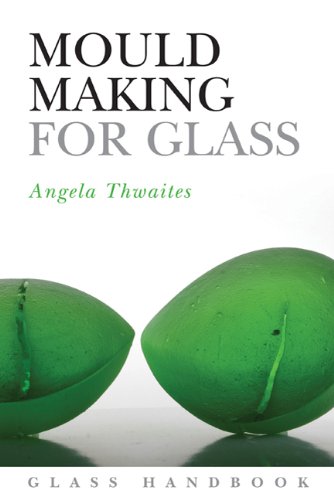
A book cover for Mould Making for Glass (Glass Handbooks); Angela Thwaites; Crafts, Hobbies & Home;